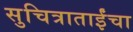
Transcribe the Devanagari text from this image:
सुचित्राताईंचा